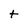
Character: t